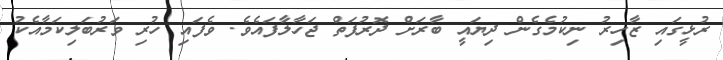
ރުޅީގައި ޒާހިރު ނިކުމެގެން ދިޔައީ ބާރަށް ދޮރުފަތް ޖަހާލާފައެވެ. ވެފައި ހުރި ވަރުބަލިކަމާއެކު